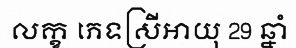
លក្ខ ភេទស្រីអាយុ 29 ឆ្នាំ